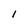
Character: I